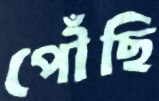
পৌঁছি